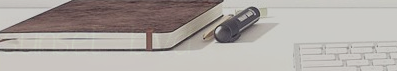
sunset blvd